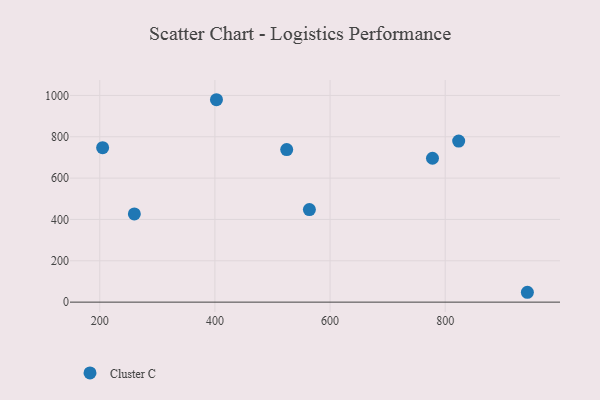
{"axis": {"x": "Investment", "y": "Profit"}, "legend": ["Cluster C"], "data": [{"x": "823.4", "y": 779.2, "type": "Cluster C"}, {"x": "942.7", "y": 47.7, "type": "Cluster C"}, {"x": "777.9", "y": 696.0, "type": "Cluster C"}, {"x": "205.0", "y": 747.3, "type": "Cluster C"}, {"x": "564.1", "y": 447.7, "type": "Cluster C"}, {"x": "402.7", "y": 979.2, "type": "Cluster C"}, {"x": "524.7", "y": 738.1, "type": "Cluster C"}, {"x": "260.1", "y": 426.6, "type": "Cluster C"}]}